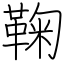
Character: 鞠